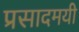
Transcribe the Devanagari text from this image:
प्रसादमयी